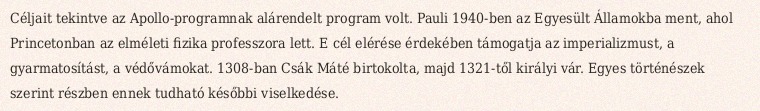
Céljait tekintve az Apollo-programnak alárendelt program volt. Pauli 1940-ben az Egyesült Államokba ment, ahol Princetonban az elméleti fizika professzora lett. E cél elérése érdekében támogatja az imperializmust, a gyarmatosítást, a védővámokat. 1308-ban Csák Máté birtokolta, majd 1321-től királyi vár. Egyes történészek szerint részben ennek tudható későbbi viselkedése.